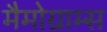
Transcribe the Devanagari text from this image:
मैमोग्राम्स